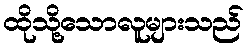
ထိုသို့သောလူများသည်